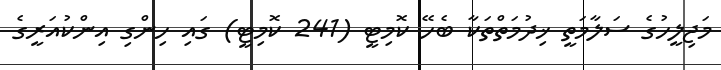
މަޖިލީހުގެ ސަލާމަތީ ޚިދުމަތްތަކާ ބެހޭ ކޮމިޓީ (241 ކޮމިޓީ) ގައި ހިންގި އިންކުއަރީގެ